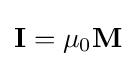
\mathbf {I} =\mu _{0}\mathbf {M} \,\!